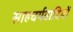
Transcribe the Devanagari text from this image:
साहचर्यवादियों